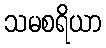
သမစရိယာ